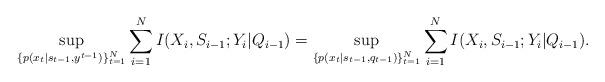
LaTeX: \begin{align*} \sup_{\{p(x_t|s_{t-1},y^{t-1})\}_{t=1}^N} \sum_{i=1}^N I(X_i,S_{i-1};Y_i|Q_{i-1})&=\sup_{\{p(x_t|s_{t-1},q_{t-1})\}_{t=1}^N} \sum_{i=1}^N I(X_i,S_{i-1};Y_i|Q_{i-1}).\end{align*}